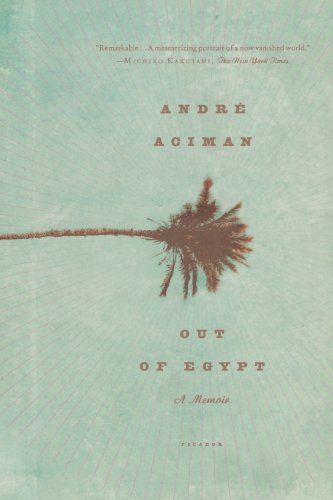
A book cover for Out of Egypt: A Memoir; AndrÃ© Aciman; Biographies & Memoirs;